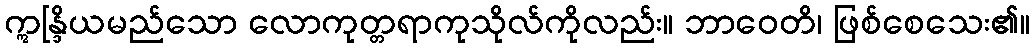
ဣန္ဒြိယမည်သော လောကုတ္တရာကုသိုလ်ကိုလည်း။ ဘာဝေတိ၊ ဖြစ်စေသေး၏။